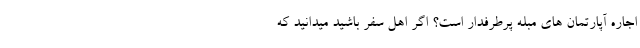
اجاره آپارتمان های مبله پرطرفدار است؟ اگر اهل سفر باشید میدانید که